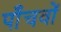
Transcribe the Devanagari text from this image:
पाँचवों